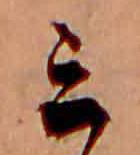
ミ